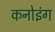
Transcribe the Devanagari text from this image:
कनोइंग